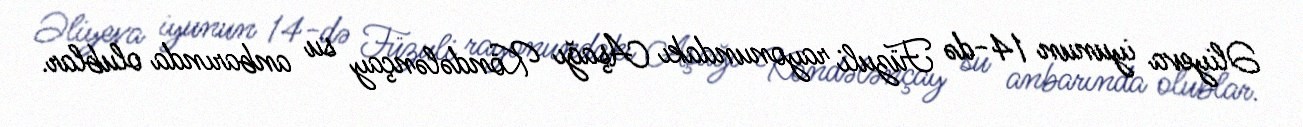
Əliyeva iyunun 14-də Füzuli rayonundakı Aşağı Köndələnçay su anbarında olublar.